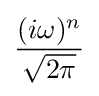
{\frac {(i\omega )^{n}}{\sqrt {2\pi }}}